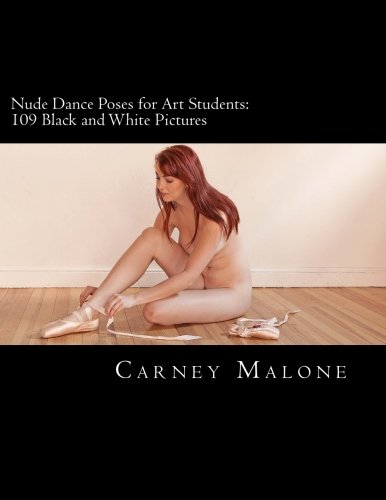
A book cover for Nude Dance Poses for Art Students: 109 Black and White Pictures; Mr Carney Malone; Arts & Photography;